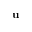
\textbf { u }